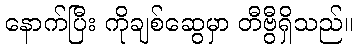
နောက်ပြီး ကိုချစ်ဆွေမှာ တီဗွီရှိသည်။